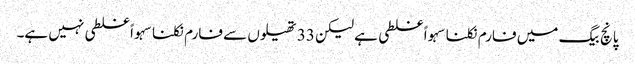
پانچ بیگ میں فارم نکلنا سہواً غلطی ہے لیکن 33 تھیلوں سے فارم نکلنا سہواً غلطی نہیں ہے۔